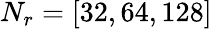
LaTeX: N_{r}=\left[32,64,128\right]